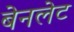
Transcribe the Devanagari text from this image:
बेनलेट